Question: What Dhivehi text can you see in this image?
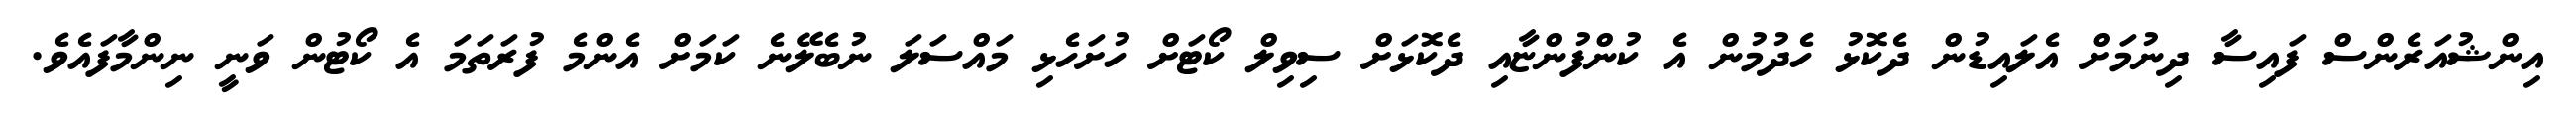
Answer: އިންޝުއަރެންސް ފައިސާ ދިނުމަށް އެލައިޑުން ދެކޮޅު ހެދުމުން އެ ކުންފުންޏާއި ދެކޮޅަށް ސިވިލް ކޯޓަށް ހުށަހެޅި މައްސަލަ ނުބެލޭނެ ކަމަށް އެންމެ ފުރަތަމަ އެ ކޯޓުން ވަނީ ނިންމާފައެވެ.